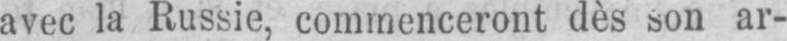
avec la Russie, commenceront dès son ar-